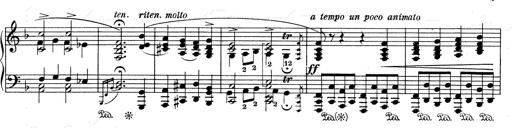
Title: Weinen, Klagen, Sorgen, Zagen
Composer: Franz Liszt